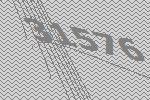
31576